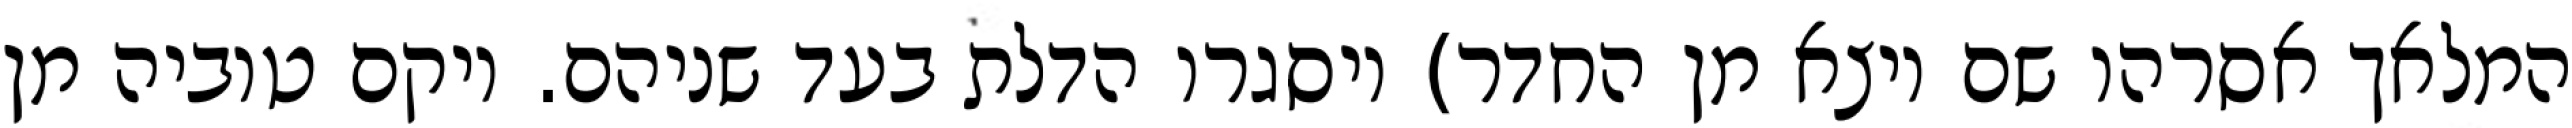
המלאך אסרהו שם ויצא מן החדר) ויסגרו הדלת בעד שניהם. ויקם טוביה מן